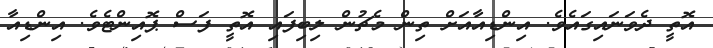
އޮތީ ދެވަނައިގައެވެ. އިންޑިއާއަށް ތިން މެޗުން ލިބިފައި އޮތީ ފަސް ޕޮއިންޓެވެ. އިންޑިއާ